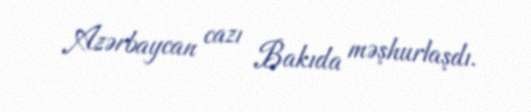
Azərbaycan cazı Bakıda məşhurlaşdı.